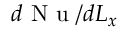
d \mathrm { ~ N ~ u ~ } / d L _ { x }